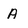
Character: A